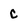
Character: c